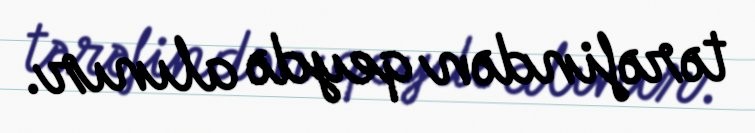
tərəfindən qeydə alınır.